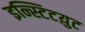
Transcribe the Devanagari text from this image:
इन्स्टिटय़ुट